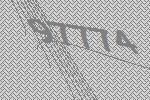
97774